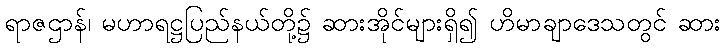
ရာဇဌာန်၊ မဟာရဋ္ဌပြည်နယ်တို့၌ ဆားအိုင်များရှိ၍ ဟိမာချာဒေသတွင် ဆား